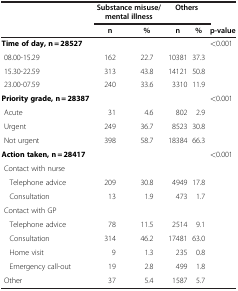
<table><thead><tr><td><b> </b></td><td colspan="2"><b>Substance misuse/mental illness</b></td><td colspan="2"><b>Others</b></td><td><b> </b></td></tr><tr><td><b> </b></td><td><b>n</b></td><td><b>%</b></td><td><b>n</b></td><td><b>%</b></td><td><b>p-value</b></td></tr></thead><tbody><tr><td><b>Time of day, n = 28527</b></td><td> </td><td> </td><td> </td><td> </td><td>&lt;0.001</td></tr><tr><td> 08.00-15.29</td><td>162</td><td>22.7</td><td>10381</td><td>37.3</td><td> </td></tr><tr><td> 15.30-22.59</td><td>313</td><td>43.8</td><td>14121</td><td>50.8</td><td> </td></tr><tr><td> 23.00-07.59</td><td>240</td><td>33.6</td><td>3310</td><td>11.9</td><td> </td></tr><tr><td><b>Priority grade, n = 28387</b></td><td> </td><td> </td><td> </td><td> </td><td>&lt;0.001</td></tr><tr><td> Acute</td><td>31</td><td>4.6</td><td>802</td><td>2.9</td><td> </td></tr><tr><td> Urgent</td><td>249</td><td>36.7</td><td>8523</td><td>30.8</td><td> </td></tr><tr><td> Not urgent</td><td>398</td><td>58.7</td><td>18384</td><td>66.3</td><td> </td></tr><tr><td><b>Action taken, n = 28417</b></td><td> </td><td> </td><td> </td><td> </td><td>&lt;0.001</td></tr><tr><td> Contact with nurse</td><td> </td><td> </td><td> </td><td> </td><td> </td></tr><tr><td> Telephone advice</td><td>209</td><td>30.8</td><td>4949</td><td>17.8</td><td> </td></tr><tr><td> Consultation</td><td>13</td><td>1.9</td><td>473</td><td>1.7</td><td> </td></tr><tr><td> Contact with GP</td><td> </td><td> </td><td> </td><td> </td><td> </td></tr><tr><td> Telephone advice</td><td>78</td><td>11.5</td><td>2514</td><td>9.1</td><td> </td></tr><tr><td> Consultation</td><td>314</td><td>46.2</td><td>17481</td><td>63.0</td><td> </td></tr><tr><td> Home visit</td><td>9</td><td>1.3</td><td>235</td><td>0.8</td><td> </td></tr><tr><td> Emergency call-out</td><td>19</td><td>2.8</td><td>499</td><td>1.8</td><td> </td></tr><tr><td> Other</td><td>37</td><td>5.4</td><td>1587</td><td>5.7</td><td> </td></tr></tbody></table>